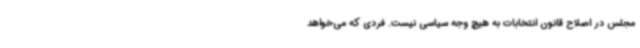
مجلس در اصلاح قانون انتخابات به‌ هیچ‌ وجه سیاسی نیست. فردی که می‌خواهد